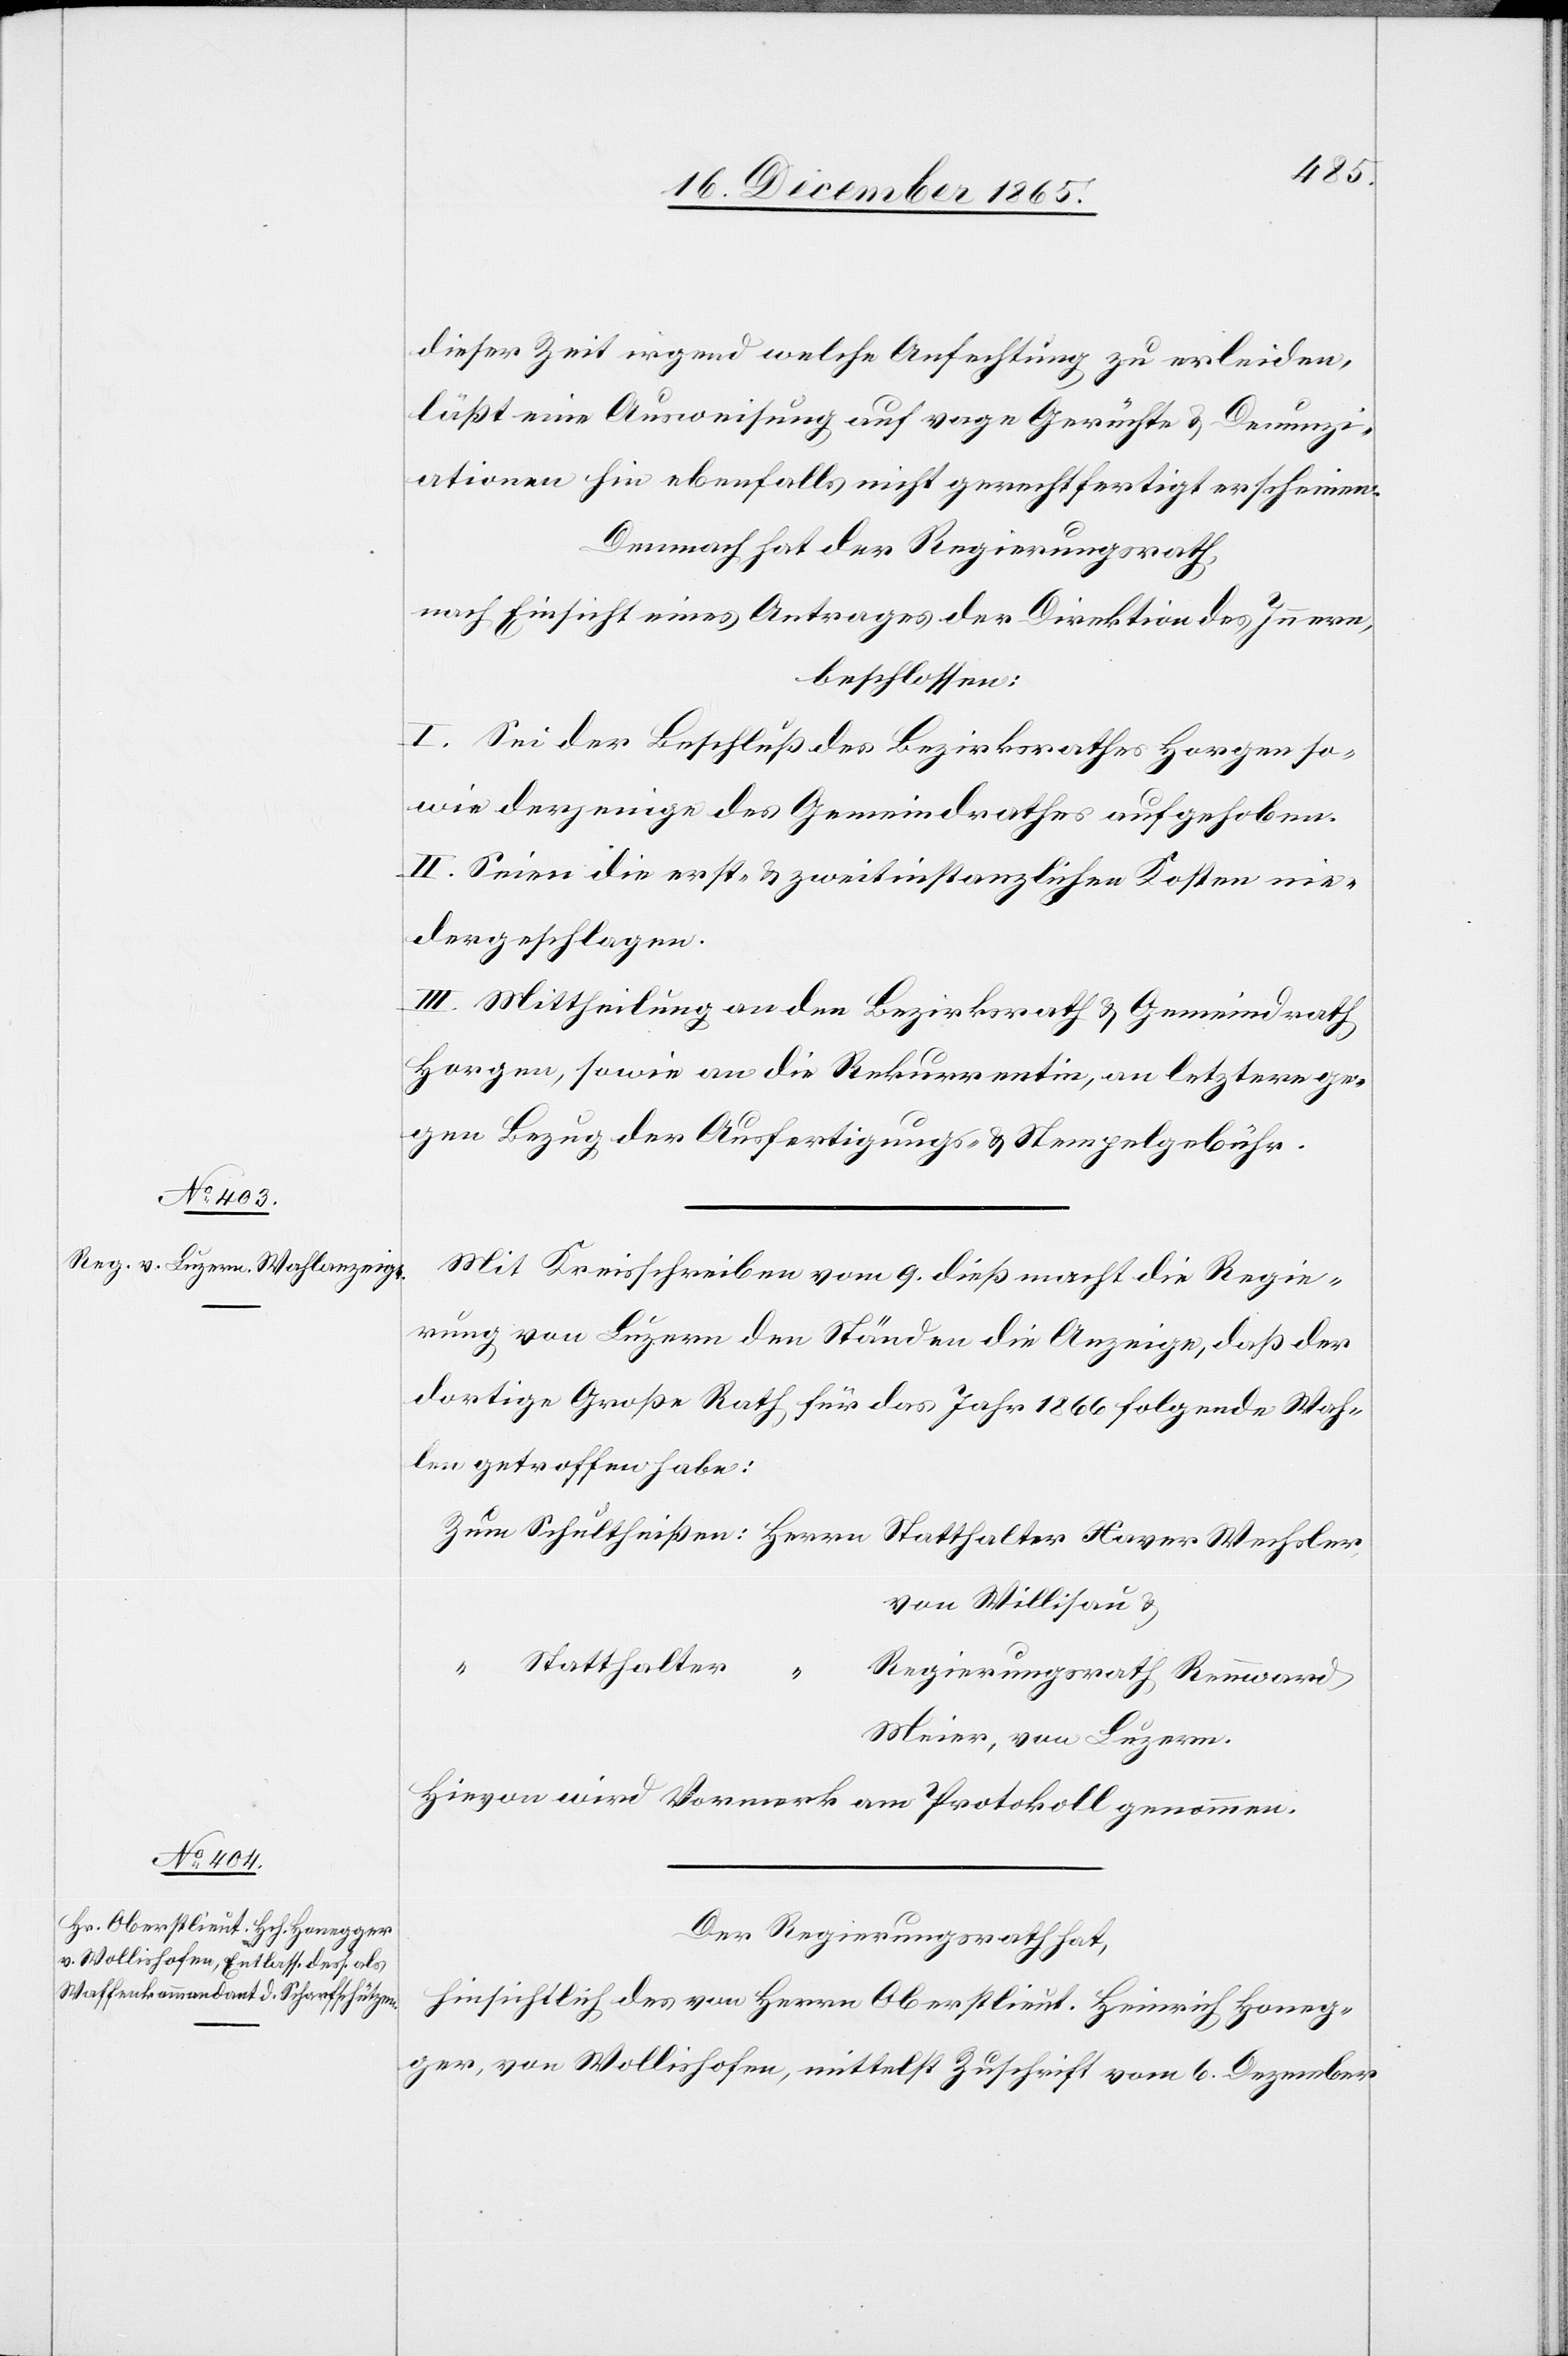
dieser Zeit irgend welche Anfechtung zu erleiden,
läßt eine Ausweisung auf vage Gerüchte & Denunzi¬
ationen hin ebenfalls nicht gerechtfertigt erscheinen.
Demnach hat der Regierungsrath,
nach Einsicht eines Antrages der Direktion des Innern,
beschlossen:
I. Sei der Beschluß des Bezirksrathes Horgen so¬
wie derjenige des Gemeindrathes aufgehoben.
II. Seien die erst- & zweitinstanzlichen Kosten nie¬
dergeschlagen.
III. Mittheilung an den Bezirksrath & Gemeindrath
Horgen, sowie an die Rekurrentin, an letztere ge¬
gen Bezug der Ausfertigungs- & Stempelgebühr.
Mit Kreisschreiben vom 9. dieß macht die Regie¬
rung von Luzern den Ständen die Anzeige, daß der
dortige Große Rath für das Jahr 1866 folgende Wah¬
len getroffen habe:
von Willisau &
Statthalter[:]
Regierungsrath Rennward
Meier, von Luzern.
Hievon wird Vormerk am Protokoll genommen.
Der Regierungsrath hat,
Hinsichtlich des von Herrn Oberstlieut. Heinrich Honeg¬
ger, von Wollishofen, mittelst Zuschrift vom 6. Dezember